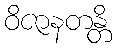
ဝိဇာနတန္တိ